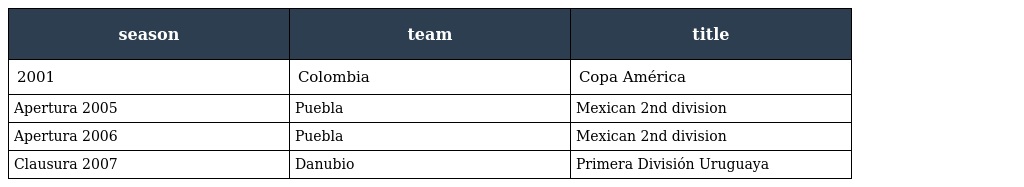
| season | team | title |
 | --- | --- | --- |
 | 2001 | Colombia | Copa América |
 | Apertura 2005 | Puebla | Mexican 2nd division |
 | Apertura 2006 | Puebla | Mexican 2nd division |
 | Clausura 2007 | Danubio | Primera División Uruguaya |